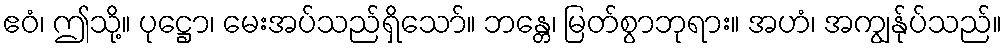
ဧဝံ၊ ဤသို့။ ပုဋ္ဌော၊ မေးအပ်သည်ရှိသော်။ ဘန္တေ၊ မြတ်စွာဘုရား။ အဟံ၊ အကျွန်ုပ်သည်။